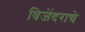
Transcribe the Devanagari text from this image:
विजेंदराचे